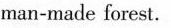
man-made forest.